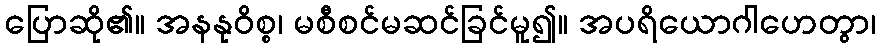
ပြောဆို၏။ အနနုဝိစ္စ၊ မစီစင်မဆင်ခြင်မူ၍။ အပရိယောဂါဟေတွာ၊